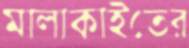
মালাকাইতের